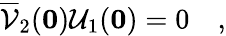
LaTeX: \overline{{{\cal V}}}_{2}({\mathbf 0}){\cal U}_{1}({\mathbf 0})=0\quad,